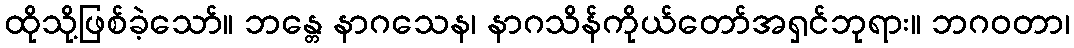
ထိုသို့ဖြစ်ခဲ့သော်။ ဘန္တေ နာဂသေန၊ နာဂသိန်ကိုယ်တော်အရှင်ဘုရား။ ဘဂဝတာ၊